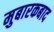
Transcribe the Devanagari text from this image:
मुबारकबाद